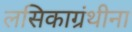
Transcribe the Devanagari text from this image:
लसिकाग्रंथीना